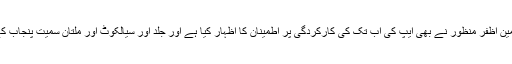
بلاشبہ یہ پنجاب آئی ٹی بورڈ کا بہت بڑا قدم ہے اور اس کے چیئرمین اظفر منظور نے بھی ایپ کی اب تک کی کارکردگی پر اطمینان کا اظہار کیا ہے اور جلد اور سیالکوٹ اور ملتان سمیت پنجاب کے دیگر شہروں تک خدمات کا دائرہ بڑھانے کا عزم ظاہر کیا ہے۔